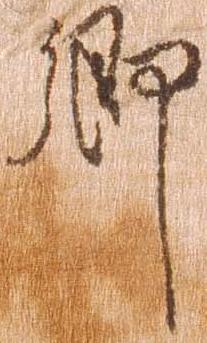
郷